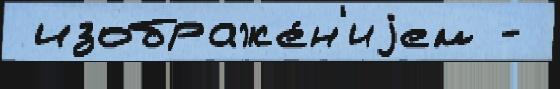
 изображе́н'иjем -